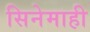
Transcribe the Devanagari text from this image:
सिनेमाही